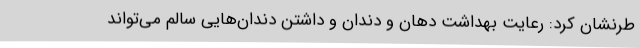
طرنشان کرد: رعایت بهداشت دهان و دندان و داشتن دندان‌هایی سالم می‌تواند